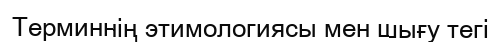
Терминнің этимологиясы мен шығу тегі